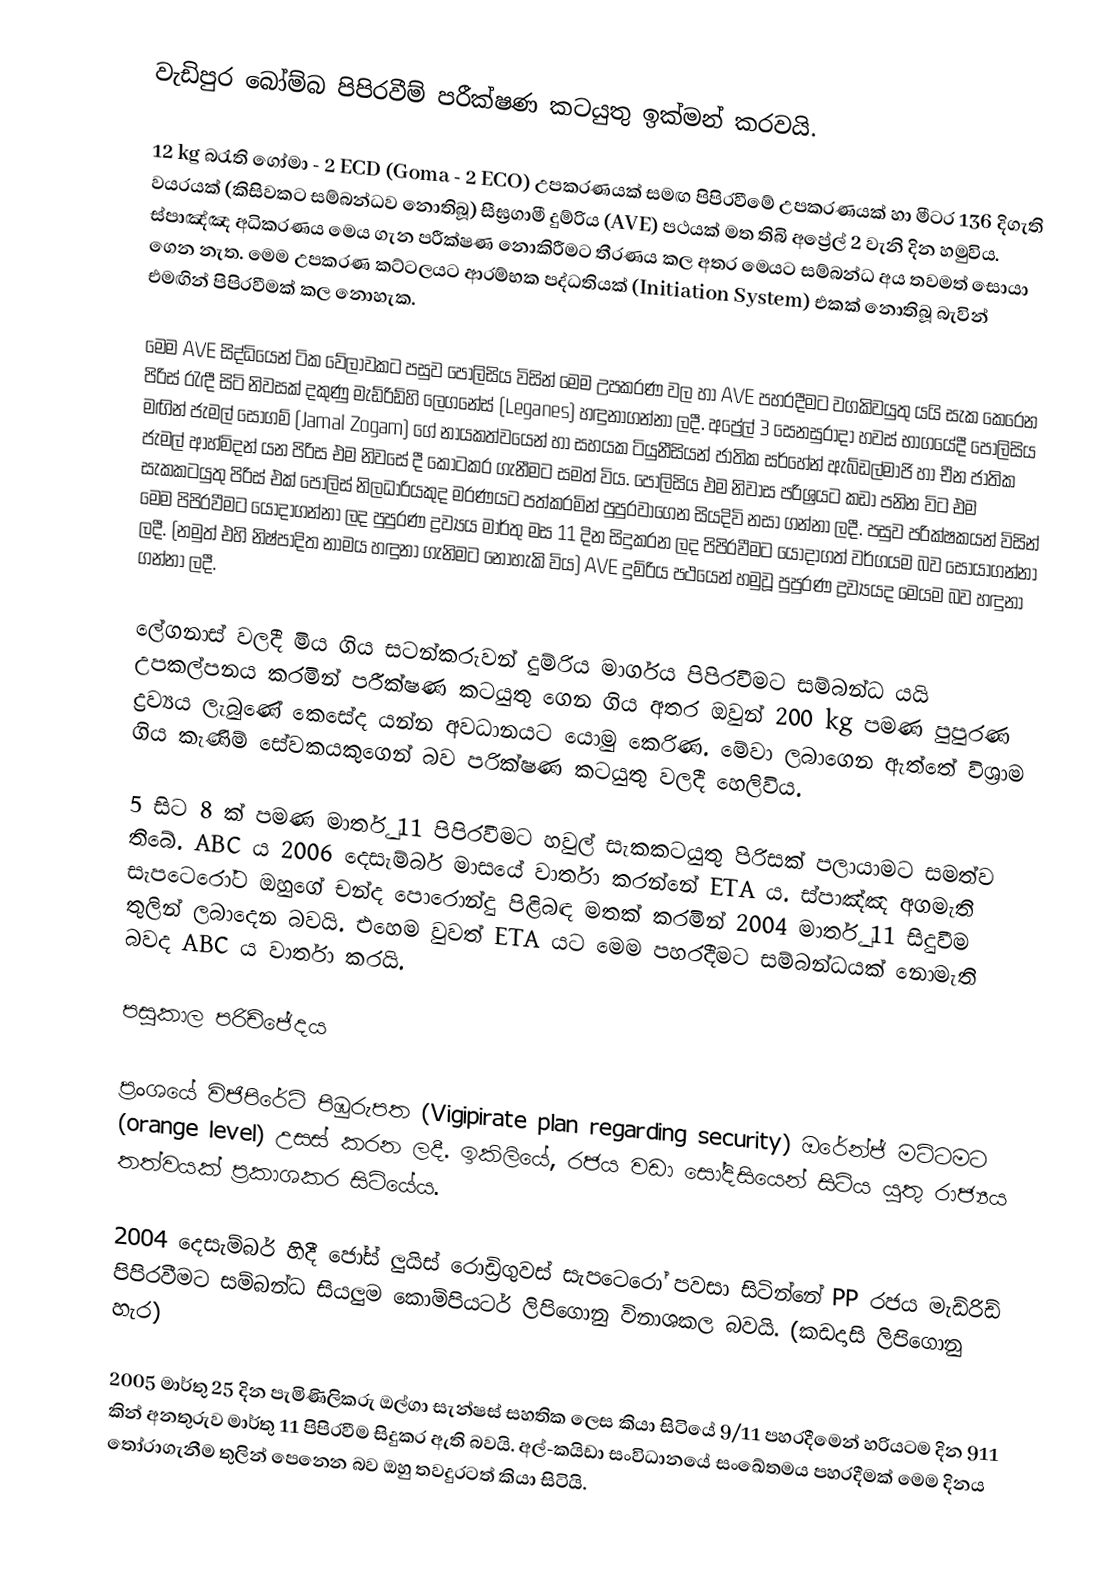
වැඩිපුර බෝම්බ පිපිරවීම් පරීක්ෂණ කටයුතු ඉක්මන් කරවයි.

12 kg බරැති ගෝමා - 2 ECD (Goma - 2 ECO) උපකරණයක් සමඟ පිපිරවීමේ උපකරණයක් හා මීටර 136 දිගැති වයරයක් (කිසිවකට සම්බන්ධව නොතිබූ) සීඝ්‍රගාමී දුම්රිය (AVE) පථයක් මත තිබි අප්‍රේල් 2 වැනි දින හමුවිය. ස්පාඤ්ඤ අධිකරණය මෙය ගැන පරීක්ෂණ නොකිරීමට තීරණය කල අතර මෙයට සම්බන්ධ අය තවමත් සොයා ගෙන නැත. මෙම උපකරණ කට්ටලයට ආරම්භක පද්ධතියක් (Initiation System) එකක් නොතිබූ බැවින් එමඟින් පිපිරවීමක් කල නොහැක.

මෙම AVE සිද්ධියෙන් ටික වේලාවකට පසුව පොලිසිය විසින් මෙම උපකරණ වල හා AVE පහරදීමට වගකිවයුතු යයි සැක කෙරෙන පිරිස් රැඳී සිටි නිවසක් දකුණු මැඩ්රිඩ්හි ලෙගනේස් (Leganes) හඳුනාගන්නා ලදී. අප්‍රේල් 3 සෙනසුරාදා හවස් භාගයේදී පොලිසිය මඟින් ජැමල් සෝගම් (Jamal Zogam) ගේ නායකත්වයෙන් හා සහයක ටියුනීසියන් ජාතික සර්හේන් ඇබ්ඩල්මාජි හා චීන ජාතික ජැමල් ආහ්මිදන් යන පිරිස එම නිවසේ දී කොටකර ගැනීමට සමත් විය. පොලිසිය එම නිවාස පරිශ්‍රයට කඩා පනින විට එම සැකකටයුතු පිරිස් එක් පොලිස් නිලධාරියකුද මරණයට පත්කරමින් පුපුරවාගෙන සියදිවි නසා ගන්නා ලදී. පසුව පරික්ෂකයන් විසින් මෙම පිපිරවීමට යොදාගන්නා ලද පුපුරණ ද්‍රව්‍යය මාර්තු මස 11 දින සිදුකරන ලද පිපිරවීමට යොදාගත් වර්ගයම බව සොයාගන්නා ලදී. (නමුත් එහි නිෂ්පාදිත නාමය හඳුනා ගැනිමට නොහැකි විය) AVE දුම්රිය පථයෙන් හමුවූ පුපුරණ ද්‍රව්‍යයද මෙයම බව හඳුනා ගන්නා ලදී.

ලේගනාස් වලදී මිය ගිය සටන්කරුවන් දුම්රිය මාර්ගය පිපිරවීමට සම්බන්ධ යයි උපකල්පනය කරමින් පරීක්ෂණ කටයුතු ගෙන ගිය අතර ඔවුන් 200 kg පමණ පුපුරණ ද්‍රව්‍යය ලැබුණේ කෙසේද යන්න අවධානයට යොමු කෙරිණ. මේවා ලබාගෙන ඇත්තේ විශ්‍රාම ගිය කැණිම් සේවකයකුගෙන් බව පරික්ෂණ කටයුතු වලදී හෙලිවිය.

5 සිට 8 ක් පමණ මාර්තු 11 පිපිරවීමට හවුල් සැකකටයුතු පිරිසක් පලායාමට සමත්ව තිබේ. ABC ය 2006 දෙසැම්බර් මාසයේ වාර්තා කරන්නේ ETA ය. ස්පාඤ්ඤ අගමැති සැපටෙරෝට ඔහුගේ චන්ද පොරොන්දු පිළිබඳ මතක් කරමින් 2004 මාර්තු 11 සිදුවීම තුලින් ලබාදෙන බවයි. එහෙම වුවත් ETA යට මෙම පහරදීමට සම්බන්ධයක් නොමැති බවද ABC ය වාර්තා කරයි.

පසුකාල පරිච්ජේදය

ප්‍රංශයේ විජිපිරේට් පිඹුරුපත (Vigipirate plan regarding security) ඔරේන්ජ් මට්ටමට (orange level) උසස් කරන ලදී. ඉකිලියේ, රජය වඩා සෝදිසියෙන් සිටිය යුතු රාජ්‍යය තත්වයක් ප්‍රකාශකර සිටියේය.

2004 දෙසැම්බර් හිදී ජෝස් ලුයිස් රොඩ්‍රිගුවස් සැපටෙරෝ පවසා සිටින්නේ PP රජය මැඩ්රිඩ් පිපිරවීමට සම්බන්ධ සියලුම කොම්පියටර් ලිපිගොනු විනාශකල බවයි. (කඩදාසි ලිපිගොනු හැර)

2005 මාර්තු 25 දින පැමිණිලිකරු ඔල්ගා සැන්ෂස් සහතික ලෙස කියා සිටියේ 9/11 පහරදීමෙන් හරියටම දින 911 කින් අනතුරුව මාර්තු 11 පිපිරවීම සිදුකර ඇති බවයි. අල්-කයිඩා සංවිධානයේ සංඛේතමය පහරදීමක් මෙම දිනය තෝරාගැනීම තුලින් පෙනෙන බව ඔහු තවදුරටත් කියා සිටියි.